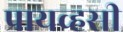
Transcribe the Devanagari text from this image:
प्रायव्हसी